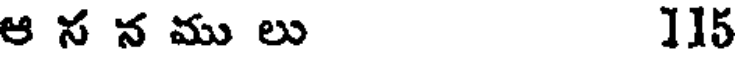
ఆ స న ము లు 115